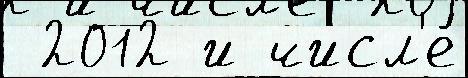
 2012 и числ'е́